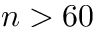
n > 6 0